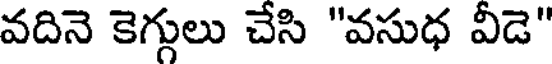
వదినె కెగ్గులు చేసి "వసుధ వీడె"